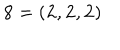
LaTeX: { \bf 8 } = \left( { \bf 2 } , { \bf 2 } , { \bf 2 } \right)